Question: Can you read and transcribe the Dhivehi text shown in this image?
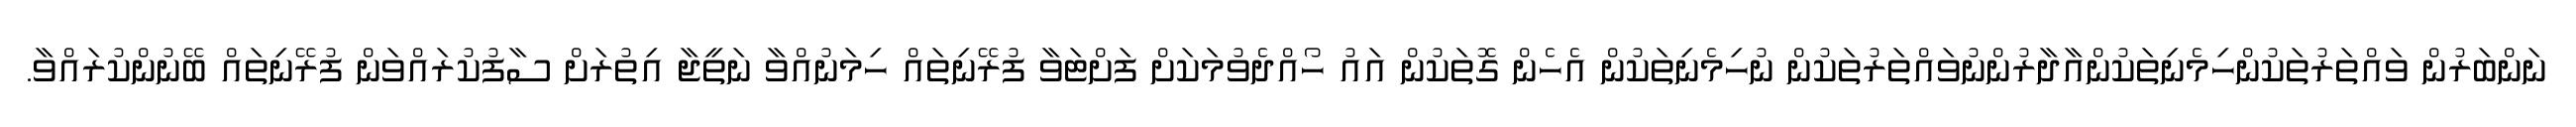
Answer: ނަންބަރުން ވައްތަރުތަކުންހިމެނިތަކުންއާދާރުންނުވައްތަރުތަކުން ނުހިމެނިތަކުން އެހެން ގޮތަކުން އައު ހޯއްދެވުމަކަށް ފަށްޓަވާ ފުރޭނިތައް ހިމަނުއްވާ ނަތީޖާ އިތުރަށް ސާފުކުރައްވަން ފުރޭނިތައް ބޭނުންކުރައްވާ.